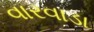
વારવાડા